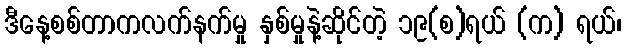
ဒီနေ့စစ်တာကလက်နက်မှု နှစ်မှုနဲ့ဆိုင်တဲ့ ၁၉(စ)ရယ် (က) ရယ်၊